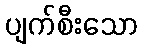
ပျက်စီးသော